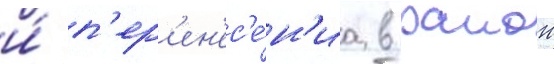
и́ п'ер'ен'ес'е́н'иа в раион